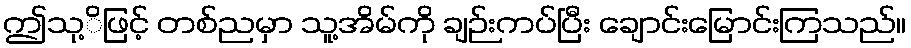
ဤသု့ိဖြင့် တစ်ညမှာ သူ့အိမ်ကို ချဉ်းကပ်ပြီး ချောင်းမြောင်းကြသည်။